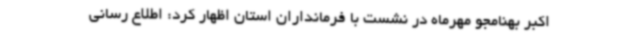
اکبر بهنامجو مهرماه در نشست با فرمانداران استان اظهار کرد: اطلاع رسانی